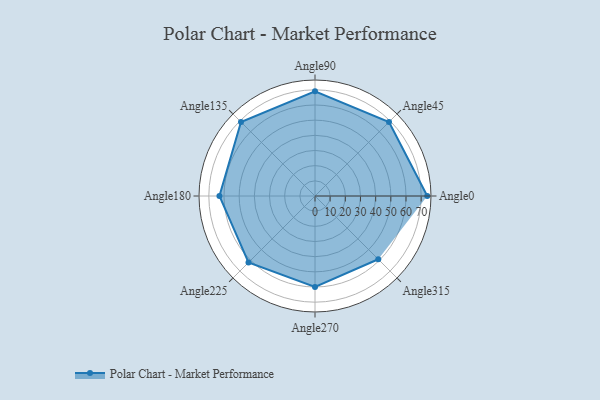
{"axis": {"x": "Angle", "y": "Radius"}, "legend": [""], "data": [{"x": "Angle0", "y": 74.0, "type": ""}, {"x": "Angle45", "y": 69.0, "type": ""}, {"x": "Angle90", "y": 69.0, "type": ""}, {"x": "Angle135", "y": 69.0, "type": ""}, {"x": "Angle180", "y": 63.0, "type": ""}, {"x": "Angle225", "y": 62.0, "type": ""}, {"x": "Angle270", "y": 60.0, "type": ""}, {"x": "Angle315", "y": 59.0, "type": ""}]}